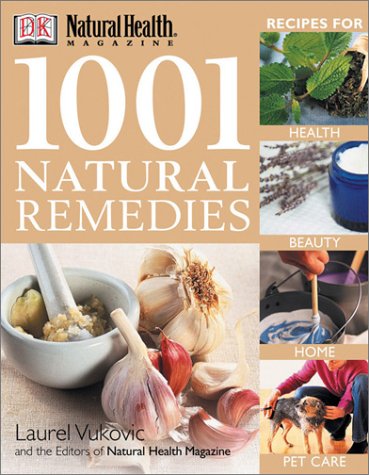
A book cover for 1001 Natural Remedies (DK Natural Health); Laurel Vukovic; Health, Fitness & Dieting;